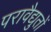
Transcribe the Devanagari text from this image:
परावैद्युतों